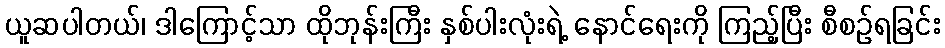
ယူဆပါတယ်၊ ဒါကြောင့်သာ ထိုဘုန်းကြီး နှစ်ပါးလုံးရဲ့ နောင်ရေးကို ကြည့်ပြီး စီစဉ်ရခြင်း